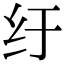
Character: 纡